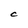
Character: C